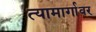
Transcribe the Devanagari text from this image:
त्यामार्गावर